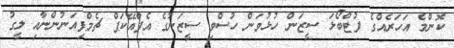
ކޮންމެ އަހަރެއްގެ ފުޓްބޯޅަ ސީޒަން ހުޅުވަން ހުސްވި ސީޒަނުގެ އެފްއޭކަޕް ޗެމްޕިއަނުންނާއި ލީގު